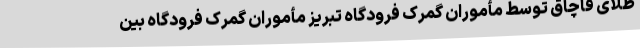
طلای قاچاق توسط مأموران گمرک فرودگاه تبریز مأموران گمرک فرودگاه بین